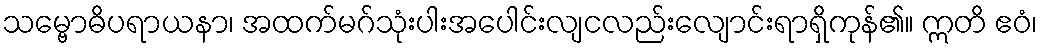
သမ္ဗောဓိပရာယနာ၊ အထက်မဂ်သုံးပါးအပေါင်းလျငလည်းလျောင်းရာရှိကုန်၏။ ဣတိ ဧဝံ၊